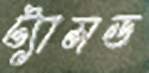
ট্যামড